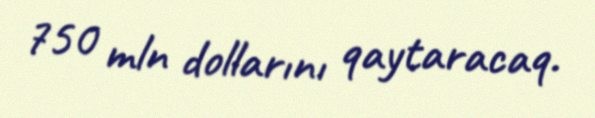
750 mln dollarını qaytaracaq.